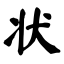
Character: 状